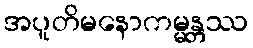
အပူတိမနောကမ္မန္တဿ